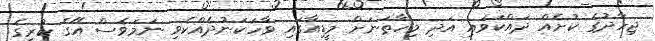
ޖިހާދުގެ ކުށެއް ދައްކަވައި އަދި މިހާތަނަށް މީޑިއާގައި ވާހަކަނުދެއްކެވި ނަމަވެސް އޭގެ ކުރީގެ